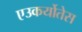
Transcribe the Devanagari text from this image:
एउकर्योतेस